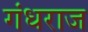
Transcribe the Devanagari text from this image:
गंधराज